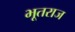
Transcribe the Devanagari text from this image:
भूतराज